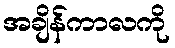
အချိန်ကာလကို